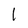
Character: 1